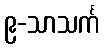
၉-သာသင်္က